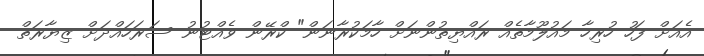
އެއަށް ފަހު ހުރިހާ މައުލޫމާތެއް ރައްޔިތުންނަށް ހާމަކުރާނަން" ކްރޭން ވެއްޓުނު ސަރަހައްދަށް ޒިޔާރަތް